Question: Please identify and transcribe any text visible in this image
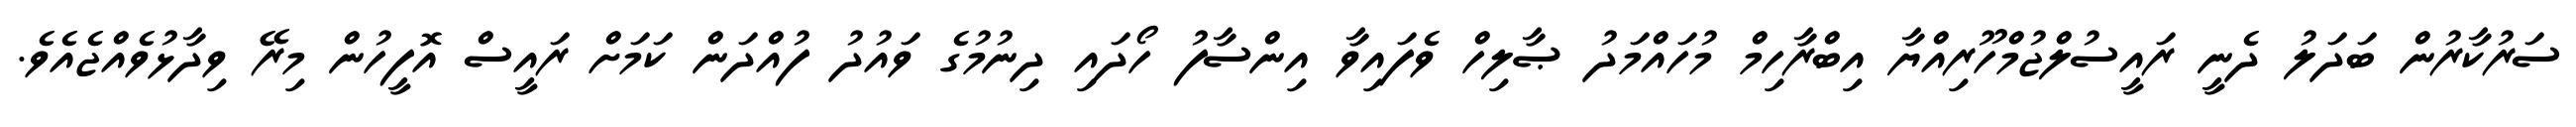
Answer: ސަރުކާރުން ބަދަލު ދެނީ ރައީސުލްޖުމްހޫރިއްޔާ އިބްރާހިމް މުހައްމަދު ޞާލިހް ވެފައިވާ އިންސާފު ހޯދައި ދިނުމުގެ ވައުދު ފުއްދަން ކަމަށް ރައީސް އޮފީހުން މިރޭ ވިދާޅުވެއްޖެއެވެ.